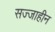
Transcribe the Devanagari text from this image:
सज्जाहीन